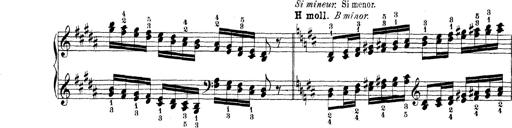
Title: Technische Studien
Composer: Franz Liszt